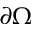
\partial \Omega